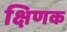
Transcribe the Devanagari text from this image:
क्षिणक